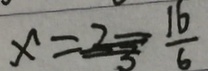
x = \frac { 1 6 } { 6 }